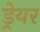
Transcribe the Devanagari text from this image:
ड्रेयर